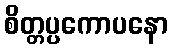
စိတ္တပ္ပကောပနော